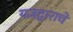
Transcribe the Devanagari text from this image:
यज्ञद्वाराचे